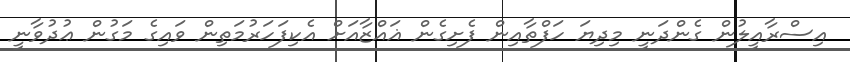
އިސްރާއީލުން ގެންދަނީ މިދިޔަ ހަފްތާއިން ފެށިގެން ޣައްޒާއަށް އެކިފަހަރުމަތިިން ވައިގެ މަގުން ޢުދުވާނީ